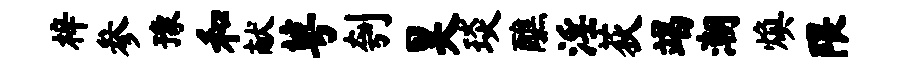
梓参豫和献萼刳昊琰醮淫荻竭潮焕隈